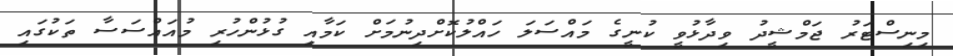
މިނިސްޓަރު ޖަމްޝީދު ވިދާޅުވީ ކުނީގެ މައްސަލަ ހައްލުކޮށްދިނުމަށް ކަމާއި ގުޅުންހުރި މުއައްސަސާ ތަކުގައި